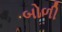
બોળી